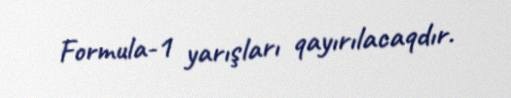
Formula-1 yarışları qayırılacaqdır.